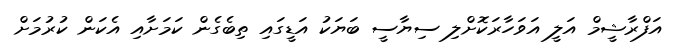
އަފްރާޝީމް އަލީ އަވަހާރަކޮށްލި ސިޔާސީ ބަޔަކު އަޑީގައި ތިބެގެން ކަމަށާއި އެކަން ކުރުމަށް